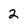
Character: 2